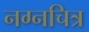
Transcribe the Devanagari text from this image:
नग्नचित्र